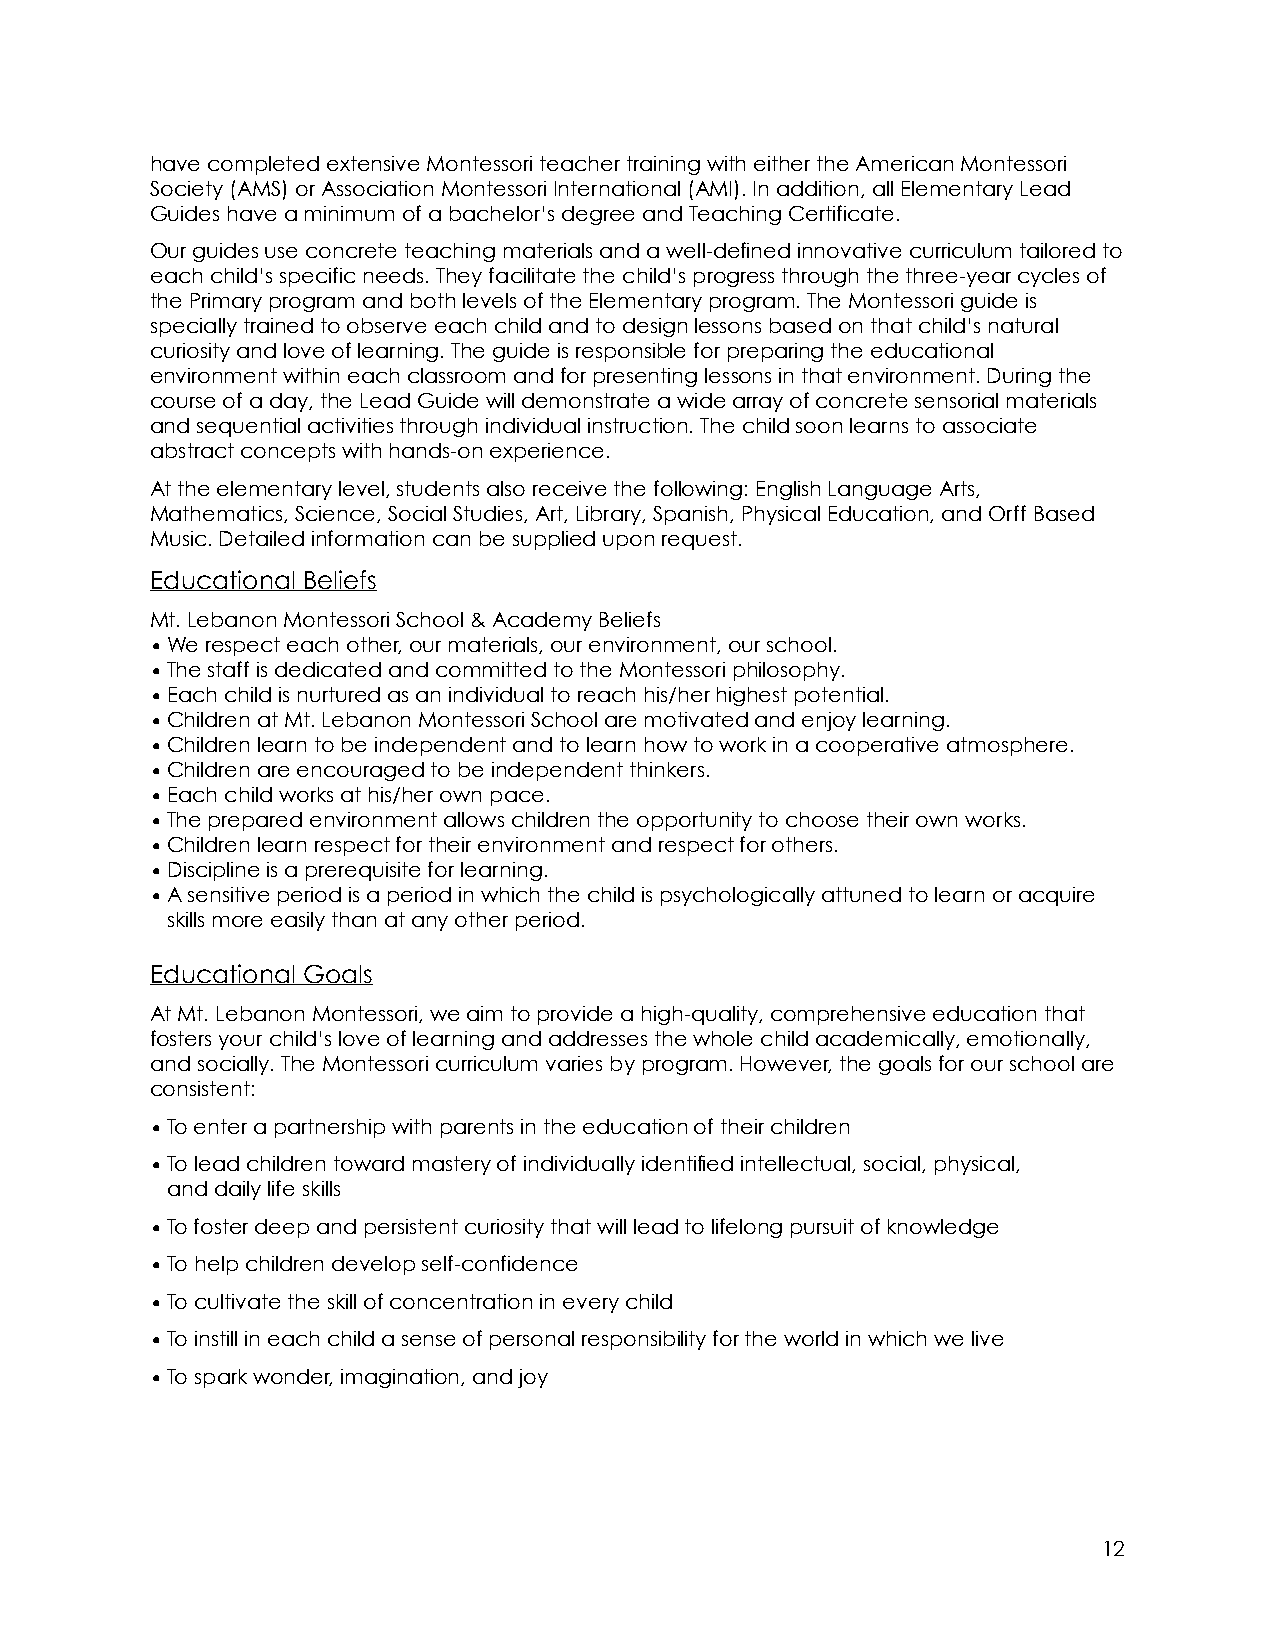
have completed extensive Montessori teacher training with either the American Montessori
 Society (AMS) or Association Montessori International (AMI). In addition, all Elementary Lead
 Guides have a minimum of a bachelor’s degree and Teaching Certificate.
 Our guides use concrete teaching materials and a well-defined innovative curriculum tailored to
 each child’s specific needs. They facilitate the child’s progress through the three-year cycles of
 the Primary program and both levels of the Elementary program. The Montessori guide is
 specially trained to observe each child and to design lessons based on that child’s natural
 curiosity and love of learning. The guide is responsible for preparing the educational
 environment within each classroom and for presenting lessons in that environment. During the
 course of a day, the Lead Guide will demonstrate a wide array of concrete sensorial materials
 and sequential activities through individual instruction. The child soon learns to associate
 abstract concepts with hands-on experience.
 At the elementary level, students also receive the following: English Language Arts,
 Mathematics, Science, Social Studies, Art, Library, Spanish, Physical Education, and Orff Based
 Music. Detailed information can be supplied upon request.
 Educational Beliefs
 Mt. Lebanon Montessori School & Academy Beliefs
 •We respect each other, our materials, our environment, our school.
 •The staff is dedicated and committed to the Montessori philosophy.
 •Each child is nurtured as an individual to reach his/her highest potential.
 •Children at Mt. Lebanon Montessori School are motivated and enjoy learning.
 •Children learn to be independent and to learn how to work in a cooperative atmosphere.
 •Children are encouraged to be independent thinkers.
 •Each child works at his/her own pace.
 •The prepared environment allows children the opportunity to choose their own works.
 •Children learn respect for their environment and respect for others.
 •Discipline is a prerequisite for learning.
 •A sensitive period is a period in which the child is psychologically attuned to learn or acquire
 skills more easily than at any other period.
 Educational Goals
 At Mt. Lebanon Montessori, we aim to provide a high-quality, comprehensive education that
 fosters your child’s love of learning and addresses the whole child academically, emotionally,
 and socially. The Montessori curriculum varies by program. However, the goals for our school are
 consistent:
 •To enter a partnership with parents in the education of their children
 •To lead children toward mastery of individually identified intellectual, social, physical,
 and daily life skills
 •To foster deep and persistent curiosity that will lead to lifelong pursuit of knowledge
 •To help children develop self-confidence
 •To cultivate the skill of concentration in every child
 •To instill in each child a sense of personal responsibility for the world in which we live
 •To spark wonder, imagination, and joy
 12